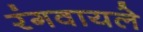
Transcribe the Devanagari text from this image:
रंगवायले